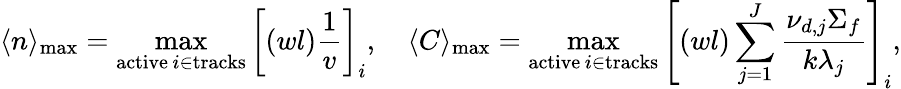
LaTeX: \langle n\rangle_{\mathrm{max}}=\operatorname*{max}_{\substack{\mathrm{active}\, i\in\mathrm{tracks}}}\left[(wl)\frac{1}{v}\right]_{i},\quad\langle C\rangle_{\mathrm{max}}=\operatorname*{max}_{\substack{\mathrm{active}\, i\in\mathrm{tracks}}}\left[(wl)\sum_{j=1}^{J}\frac{\nu_{d,j}\Sigma_{f}}{k\lambda_{j}}\right]_{i},